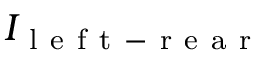
I _ { \mathrm { ~ l ~ e ~ f ~ t ~ - ~ r ~ e ~ a ~ r ~ } }